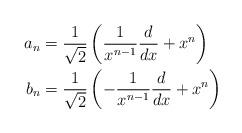
LaTeX: \begin{align*} a_n &= \frac{1}{\sqrt{2}} \left(\frac{1}{x^{n-1}} \frac{d}{dx} + x^n\right) \\ b_n &= \frac{1}{\sqrt{2}} \left(-\frac{1}{x^{n-1}} \frac{d}{dx} + x^n\right)\end{align*}